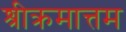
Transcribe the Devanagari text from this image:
श्रीक्रमात्तम